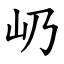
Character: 屷